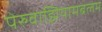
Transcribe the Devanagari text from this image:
पेरुवाझियामबलम